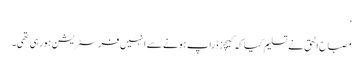
‘
مصباح الحق نے تسلیم کیا کہ کیچز ڈراپ ہونے سے انہیں فرسٹریشن ہورہی تھی۔